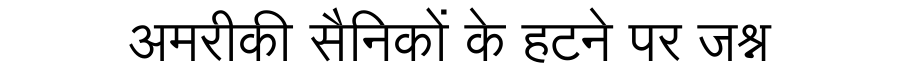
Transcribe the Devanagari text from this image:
अमरीकी सैनिकों के हटने पर जश्न